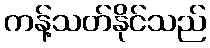
ကန့်သတ်နိုင်သည်